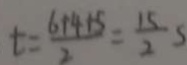
t = \frac { 6 + 4 + 5 } { 2 } = \frac { 1 5 } { 2 } s